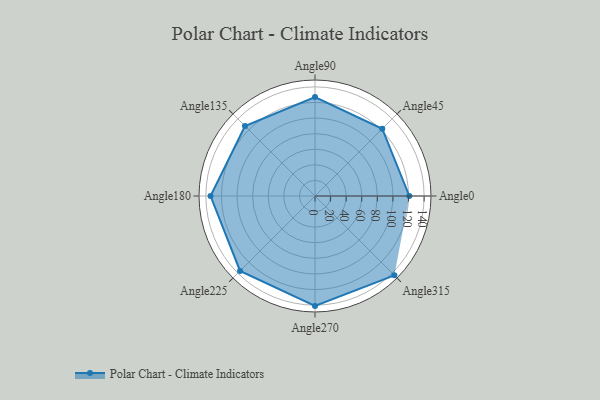
{"axis": {"x": "Angle", "y": "Radius"}, "legend": [""], "data": [{"x": "Angle0", "y": 121.0, "type": ""}, {"x": "Angle45", "y": 122.0, "type": ""}, {"x": "Angle90", "y": 127.0, "type": ""}, {"x": "Angle135", "y": 127.0, "type": ""}, {"x": "Angle180", "y": 134.0, "type": ""}, {"x": "Angle225", "y": 136.0, "type": ""}, {"x": "Angle270", "y": 141.0, "type": ""}, {"x": "Angle315", "y": 144.0, "type": ""}]}